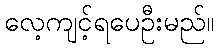
လေ့ကျင့်ရပေဦးမည်။